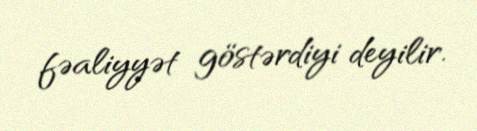
fəaliyyət göstərdiyi deyilir.